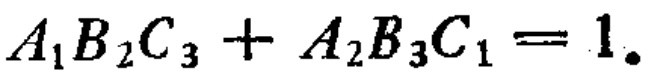
\(A_{1}B_{2}C_{3}+A_{2}B_{3}C_{1}=1.\)